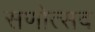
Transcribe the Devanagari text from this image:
सणोत्सव